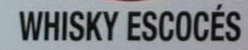
WHISKY ESCOCES